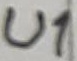
Text: U1